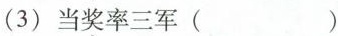
(3)当奖率三军( )